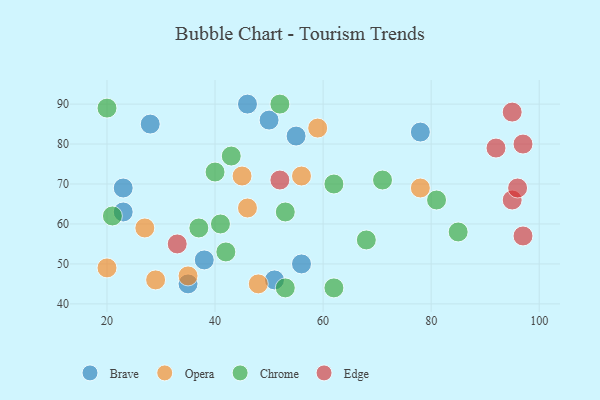
{"axis": {"x": "GDP", "y": "Life Expectancy"}, "legend": ["Brave", "Chrome", "Edge", "Opera"], "data": [{"x": "56", "y": 50, "type": "Brave"}, {"x": "50", "y": 86, "type": "Brave"}, {"x": "23", "y": 69, "type": "Brave"}, {"x": "46", "y": 90, "type": "Brave"}, {"x": "78", "y": 83, "type": "Brave"}, {"x": "23", "y": 63, "type": "Brave"}, {"x": "28", "y": 85, "type": "Brave"}, {"x": "51", "y": 46, "type": "Brave"}, {"x": "38", "y": 51, "type": "Brave"}, {"x": "35", "y": 45, "type": "Brave"}, {"x": "55", "y": 82, "type": "Brave"}, {"x": "78", "y": 69, "type": "Opera"}, {"x": "59", "y": 84, "type": "Opera"}, {"x": "20", "y": 49, "type": "Opera"}, {"x": "48", "y": 45, "type": "Opera"}, {"x": "46", "y": 64, "type": "Opera"}, {"x": "29", "y": 46, "type": "Opera"}, {"x": "45", "y": 72, "type": "Opera"}, {"x": "35", "y": 47, "type": "Opera"}, {"x": "27", "y": 59, "type": "Opera"}, {"x": "56", "y": 72, "type": "Opera"}, {"x": "68", "y": 56, "type": "Chrome"}, {"x": "43", "y": 77, "type": "Chrome"}, {"x": "37", "y": 59, "type": "Chrome"}, {"x": "71", "y": 71, "type": "Chrome"}, {"x": "40", "y": 73, "type": "Chrome"}, {"x": "53", "y": 63, "type": "Chrome"}, {"x": "53", "y": 44, "type": "Chrome"}, {"x": "81", "y": 66, "type": "Chrome"}, {"x": "62", "y": 44, "type": "Chrome"}, {"x": "20", "y": 89, "type": "Chrome"}, {"x": "62", "y": 70, "type": "Chrome"}, {"x": "52", "y": 90, "type": "Chrome"}, {"x": "41", "y": 60, "type": "Chrome"}, {"x": "42", "y": 53, "type": "Chrome"}, {"x": "85", "y": 58, "type": "Chrome"}, {"x": "21", "y": 62, "type": "Chrome"}, {"x": "97", "y": 80, "type": "Edge"}, {"x": "95", "y": 66, "type": "Edge"}, {"x": "33", "y": 55, "type": "Edge"}, {"x": "52", "y": 71, "type": "Edge"}, {"x": "92", "y": 79, "type": "Edge"}, {"x": "96", "y": 69, "type": "Edge"}, {"x": "95", "y": 88, "type": "Edge"}, {"x": "97", "y": 57, "type": "Edge"}]}